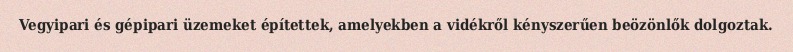
Vegyipari és gépipari üzemeket építettek, amelyekben a vidékről kényszerűen beözönlők dolgoztak.